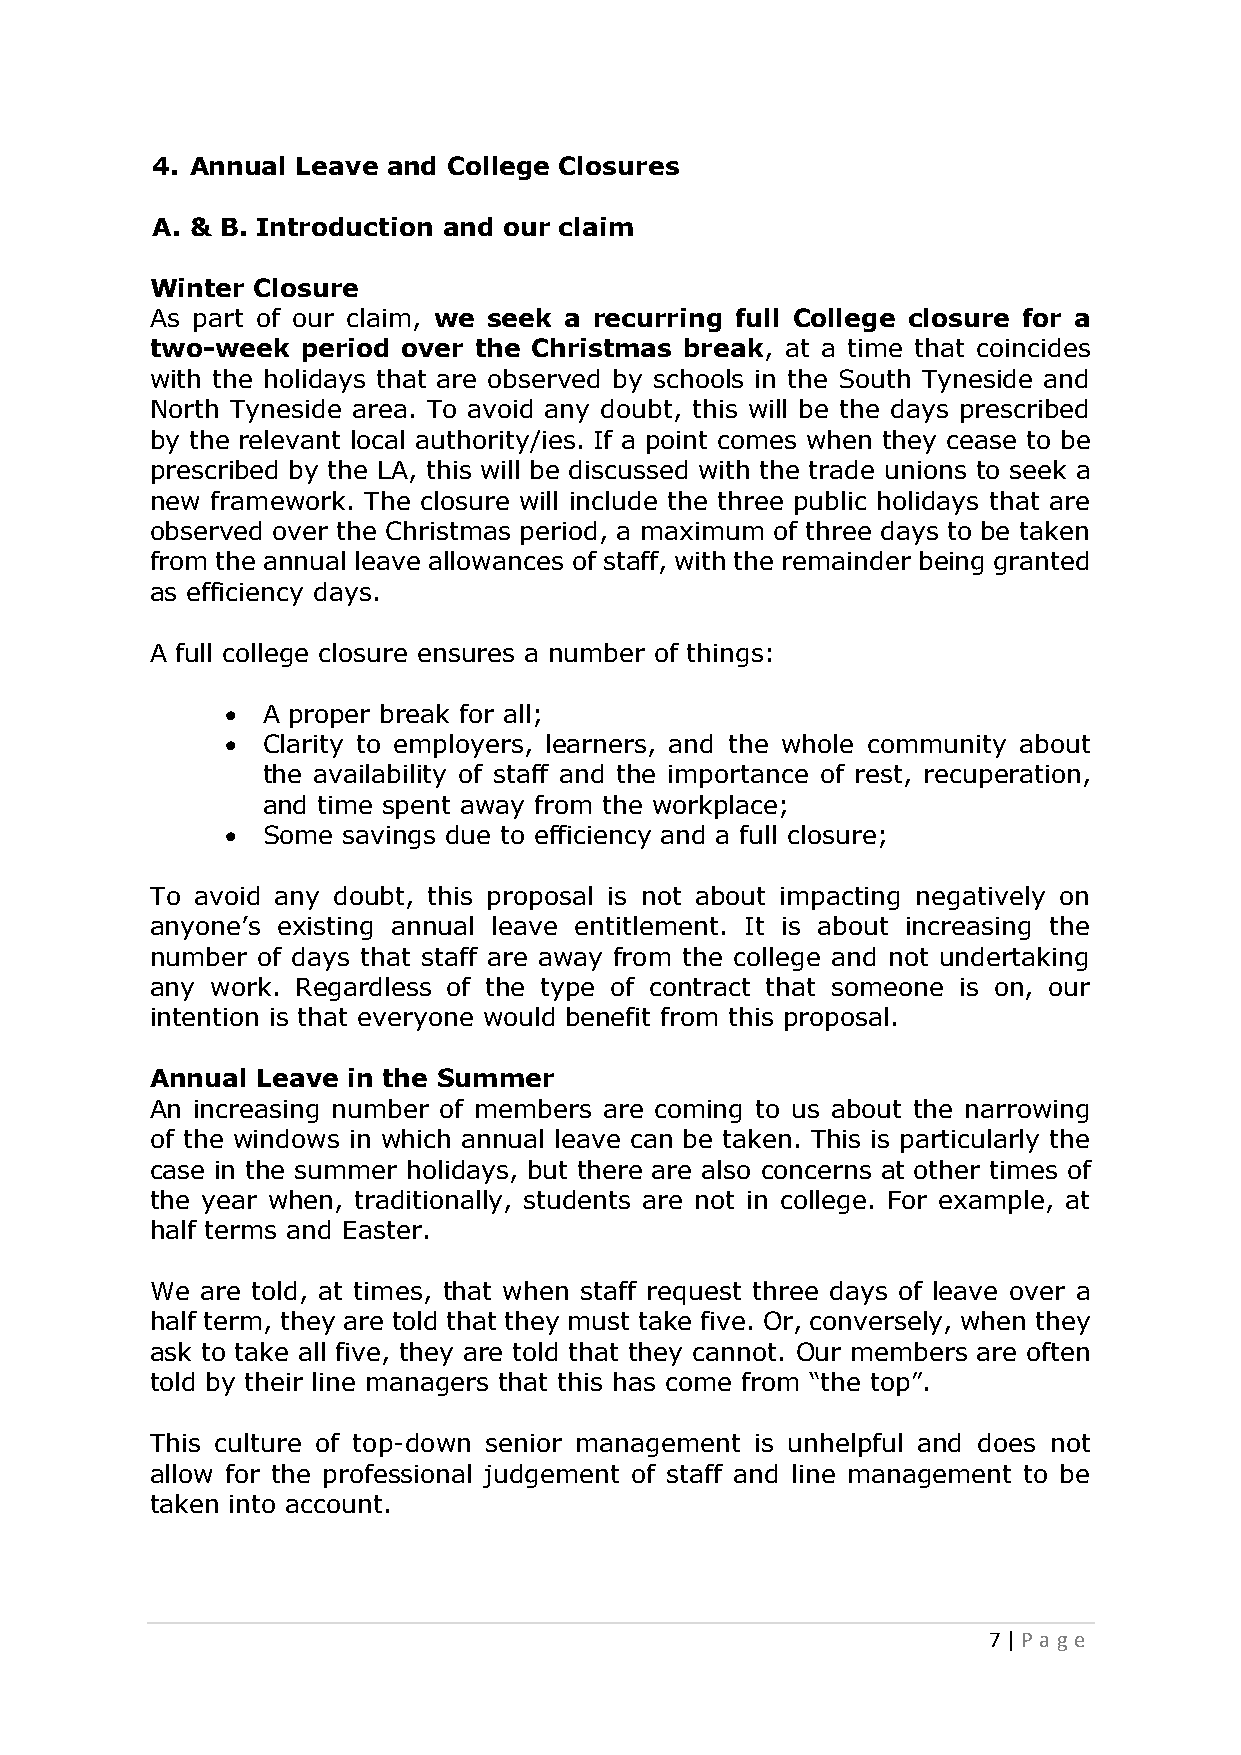
4. Annual Leave and College Closures
 A. & B. Introduction and our claim
 Winter Closure
 As part of our claim, we seek a recurring full College closure for a
 two-week  period over the Christmas break, at a time that coincides
 with the holidays that are observed by schools in the South Tyneside and
 North Tyneside area. To avoid any doubt, this will be the days prescribed
 by the relevant local authority/ies. If a point comes when they cease to be
 prescribed by the LA, this will be discussed with the trade unions to seek a
 new framework. The closure will include the three public holidays that are
 observed over the Christmas period, a maximum of three days to be taken
 from the annual leave allowances of staff, with the remainder being granted
 as efficiency days.
 A full college closure ensures a number of things:
  A proper break for all;
  Clarity to employers, learners, and the whole community about
 the availability of staff and the importance of rest, recuperation,
 and time spent away from the workplace;
  Some  savings due to efficiency and a full closure;
 To avoid any doubt, this proposal is not about impacting negatively on
 anyone’s existing annual leave entitlement. It is about increasing the
 number of days that staff are away from the college and not undertaking
 any work. Regardless of the type of contract that someone is on, our
 intention is that everyone would benefit from this proposal.
 Annual Leave in the Summer
 An increasing number of members are coming to us about the narrowing
 of the windows in which annual leave can be taken. This is particularly the
 case in the summer holidays, but there are also concerns at other times of
 the year when, traditionally, students are not in college. For example, at
 half terms and Easter.
 We are told, at times, that when staff request three days of leave over a
 half term, they are told that they must take five. Or, conversely, when they
 ask to take all five, they are told that they cannot. Our members are often
 told by their line managers that this has come from “the top”.
 This culture of top-down senior management is unhelpful and does not
 allow for the professional judgement of staff and line management to be
 taken into account.
 7 | P age